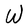
Character: W